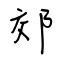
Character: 郊